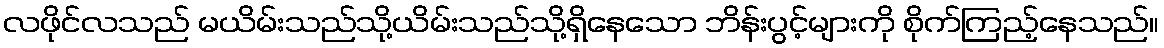
လဖိုင်လသည် မယိမ်းသည်သို့ယိမ်းသည်သို့ရှိနေသော ဘိန်းပွင့်များကို စိုက်ကြည့်နေသည်။